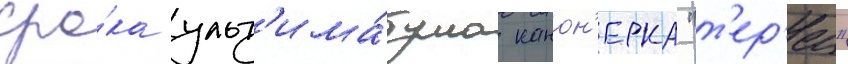
сро́ка ульт'има́тума канон'ерка "т'ер'ец"